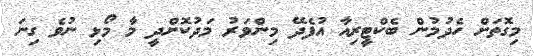
މިގޮތަށް ހެދުމުން ބެކްޓީރިއާ އުފެދޭ މިންވަރު މަދުކޮށްދީ މާ މޯޅި ނުވެ ގިނަ